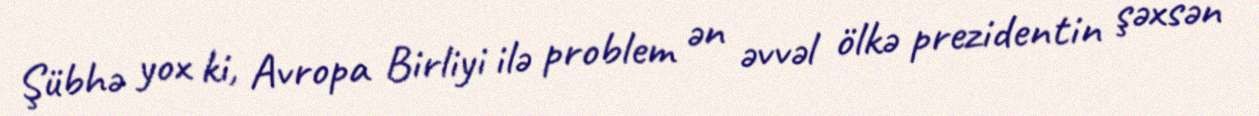
Şübhə yox ki, Avropa Birliyi ilə problem ən əvvəl ölkə prezidentin şəxsən